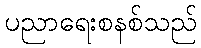
ပညာရေးစနစ်သည်